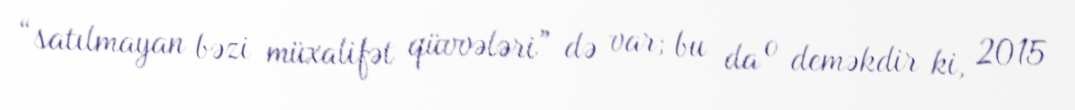
“satılmayan bəzi müxalifət qüvvələri” də var; bu da o deməkdir ki, 2015